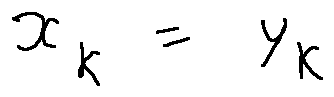
x _ { k } = y _ { k }